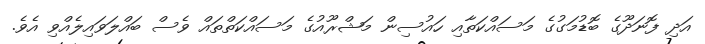
އަދި ފޮނަދޫގެ ބޮޑުމަގުގެ މަސައްކަތާއި ހައުސިން މަޝްރޫއުގެ މަސައްކަތްތައް ވެސް ބައްލަވައިލެއްވި އެވެ.